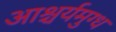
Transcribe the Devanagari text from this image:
आश्चर्यमुग्ध